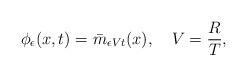
LaTeX: \begin{align*}\phi_{\epsilon}(x,t)=\bar{m}_{\epsilon V t}(x),\,\,\,\,\,\,V=\frac{R}{T},\end{align*}